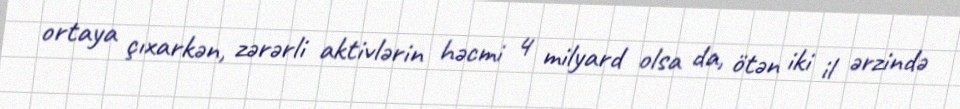
ortaya çıxarkən, zərərli aktivlərin həcmi 4 milyard olsa da, ötən iki il ərzində